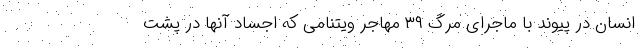
انسان در پیوند با ماجرای مرگ ۳۹ مهاجر ویتنامی که اجساد آنها در پشت